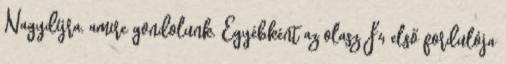
Nagydíjra, amire gondolunk. Egyébként az olasz F4 első fordulója